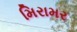
મિરામર